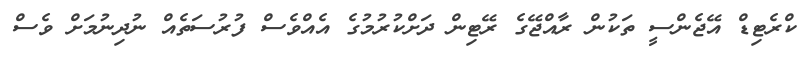
ކްރެޓިޑް އޭޖެންސީ ތަކުން ރާއްޖޭގެ ރޭޓިން ދަށްކުރުމުގެ އެއްވެސް ފުރުސަތެއް ނުދިނުމަށް ވެސް